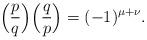
LaTeX: \begin{align*} \Big( \frac pq \Big) \Big( \frac qp \Big) = (-1)^{\mu + \nu}.\end{align*}